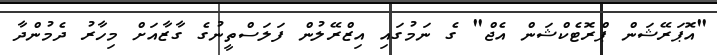
"އޮޕަރޭޝަން ޕްރޮޓެކްޝަން އެޖް" ގެ ނަމުގައި އިޒްރޭލުން ފަލަސްތީނުގެ ގާޒާއަށް މިހާރު ދެމުންދާ